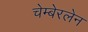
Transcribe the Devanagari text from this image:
चेम्बेरलेन